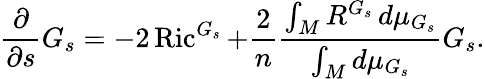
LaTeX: {\frac{\partial}{\partial s}}G_{s}=-2\operatorname{Ric}^{G_{s}}+{\frac{2}{n}}{\frac{\int_{M}R^{G_{s}}\, d\mu_{G_{s}}}{\int_{M}d\mu_{G_{s}}}}G_{s}.